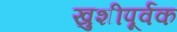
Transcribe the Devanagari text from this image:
खुशीपूर्वक